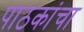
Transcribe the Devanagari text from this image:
पाठकांचा